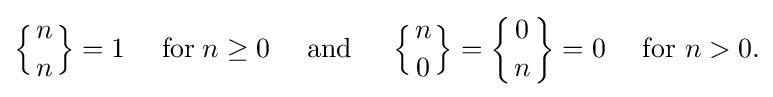
\left\{{n \atop n}\right\}=1\quad {\mbox{ for}}\;n\geq 0\quad {\text{ and }}\quad \left\{{n \atop 0}\right\}=\left\{{0 \atop n}\right\}=0\quad {\text{ for }}n>0{\text{.}}